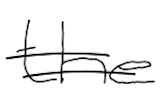
Text: the
Cross-out: double-line
Writing tool: digital_black